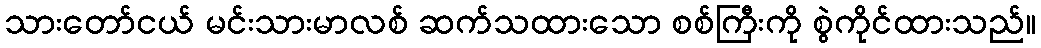
သားတော်ငယ် မင်းသားမာလစ် ဆက်သထားသော စစ်ကြီးကို စွဲကိုင်ထားသည်။